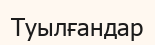
Туылғандар